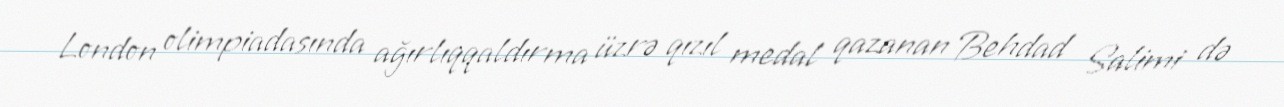
London olimpiadasında ağırlıqqaldırma üzrə qızıl medal qazanan Behdad Salimi də